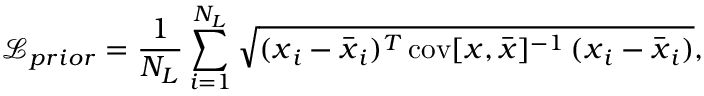
\mathcal { L } _ { p r i o r } = \frac { 1 } { N _ { L } } \sum _ { i = 1 } ^ { N _ { L } } \sqrt { ( \boldsymbol { x } _ { i } - \overbar { \boldsymbol { x } } _ { i } ) ^ { T } \, \mathrm { c o v } [ \boldsymbol { x } , \overbar { \boldsymbol { x } } ] ^ { - 1 } \, ( \boldsymbol { x } _ { i } - \overbar { \boldsymbol { x } } _ { i } ) } ,